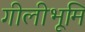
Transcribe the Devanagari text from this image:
गीलीभूमि